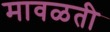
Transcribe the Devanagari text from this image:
मावळती